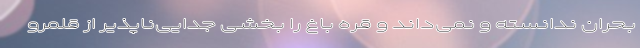
بحران ندانسته و نمی‌داند و قره باغ را بخشی جدایی‌ناپذیر از قلمرو